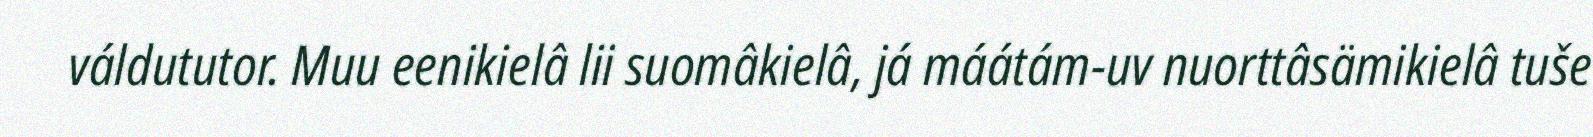
váldututor. Muu eenikielâ lii suomâkielâ, já máátám-uv nuorttâsämikielâ tuše